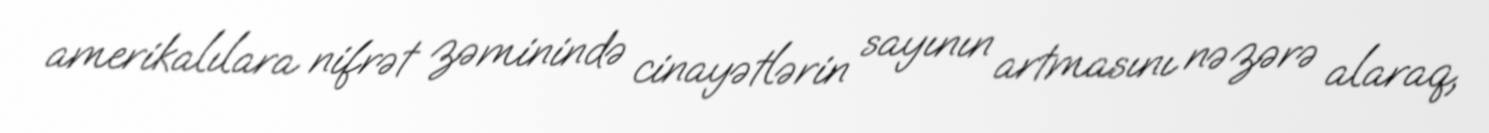
amerikalılara nifrət zəminində cinayətlərin sayının artmasını nəzərə alaraq,